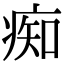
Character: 痴